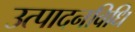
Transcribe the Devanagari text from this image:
उत्पादनविधि